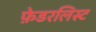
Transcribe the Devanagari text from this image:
फ़ेडरलिस्ट